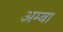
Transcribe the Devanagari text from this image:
अम्‍बा